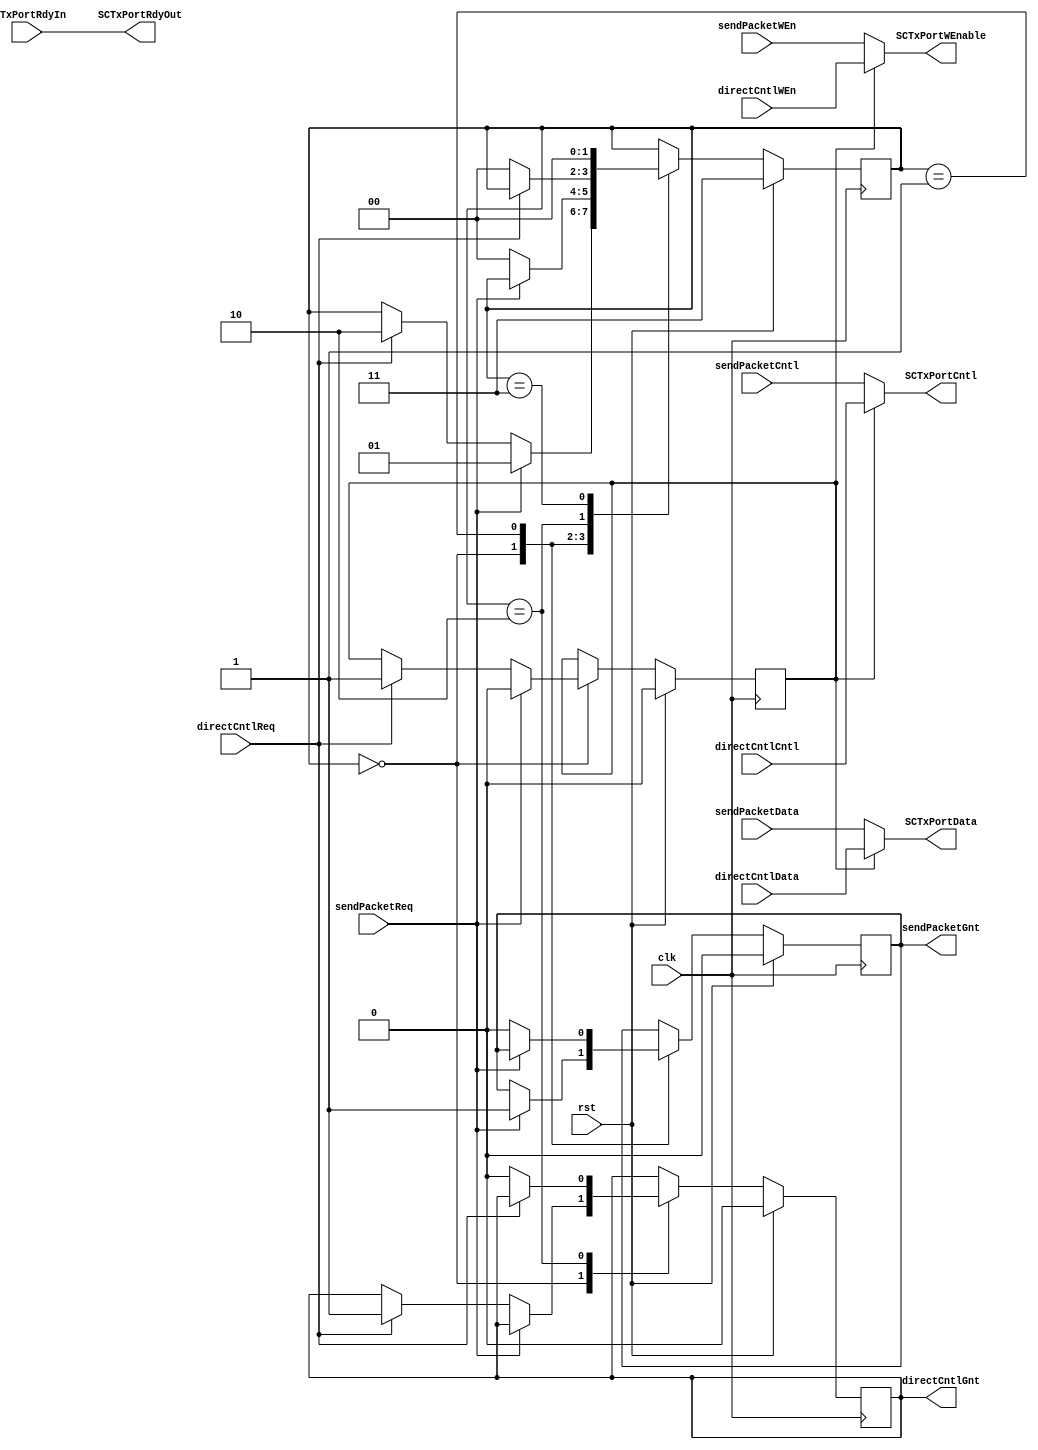
module SCTxPortArbiter (
	input				SCTxPortRdyIn,
	input				clk,
	input		[7:0]	directCntlCntl,
	input		[7:0]	directCntlData,
	input				directCntlReq,
	input				directCntlWEn,
	input				rst,
	input		[7:0]	sendPacketCntl,
	input		[7:0]	sendPacketData,
	input				sendPacketReq,
	input				sendPacketWEn,
	output		[7:0]	SCTxPortCntl,
	output		[7:0]	SCTxPortData,
	output				SCTxPortRdyOut,
	output				SCTxPortWEnable,
	output	reg			directCntlGnt,
	output	reg			sendPacketGnt
);

	reg				next_directCntlGnt;
	reg				next_sendPacketGnt;
	
	reg				muxDCEn, next_muxDCEn;
	
	reg		[1:0]	CurrState_SCTxArb;
	reg		[1:0]	NextState_SCTxArb;

	// SOFController/directContol/sendPacket mux
	assign SCTxPortRdyOut  = SCTxPortRdyIn;
	assign SCTxPortWEnable = (muxDCEn) ? directCntlWEn  : sendPacketWEn;
	assign SCTxPortData    = (muxDCEn) ? directCntlData : sendPacketData;
	assign SCTxPortCntl    = (muxDCEn) ? directCntlCntl : sendPacketCntl;

	//--------------------------------------------------------------------
	// Machine: SCTxArb
	//--------------------------------------------------------------------
	//----------------------------------
	// Next State Logic (combinatorial)
	//----------------------------------
	always@(*) begin
		NextState_SCTxArb <= CurrState_SCTxArb;
		// Set default values for outputs and signals
		next_sendPacketGnt <= sendPacketGnt;
		next_muxDCEn <= muxDCEn;
		next_directCntlGnt <= directCntlGnt;
		case (CurrState_SCTxArb)
			2'b00: begin
				if(sendPacketReq) begin
					NextState_SCTxArb <= 2'b01;
					next_sendPacketGnt <= 1'b1;
					next_muxDCEn <= 1'b0; end
				else if(directCntlReq) begin
					NextState_SCTxArb <= 2'b10;
					next_directCntlGnt <= 1'b1;
					next_muxDCEn <= 1'b1; end
			end
			2'b01: begin
				if(~sendPacketReq) begin
					NextState_SCTxArb <= 2'b00;
					next_sendPacketGnt <= 1'b0; end
			end
			2'b10: begin
				if(~directCntlReq) begin
					NextState_SCTxArb <= 2'b00;
					next_directCntlGnt <= 1'b0; end
			end
			2'b11: begin
				NextState_SCTxArb <= 2'b00;
			end
		endcase
	end

	//----------------------------------
	// Current State Logic (sequential)
	//----------------------------------
	always@(posedge clk) begin
		if(rst)	CurrState_SCTxArb <= 2'b11;
		else	CurrState_SCTxArb <= NextState_SCTxArb;
	end

	//----------------------------------
	// Registered outputs logic
	//----------------------------------
	always@(posedge clk) begin
		if(rst) begin
			muxDCEn <= 1'b0;
			sendPacketGnt <= 1'b0;
			directCntlGnt <= 1'b0; end
		else begin
			muxDCEn <= next_muxDCEn;
			sendPacketGnt <= next_sendPacketGnt;
			directCntlGnt <= next_directCntlGnt; end
	end

endmodule